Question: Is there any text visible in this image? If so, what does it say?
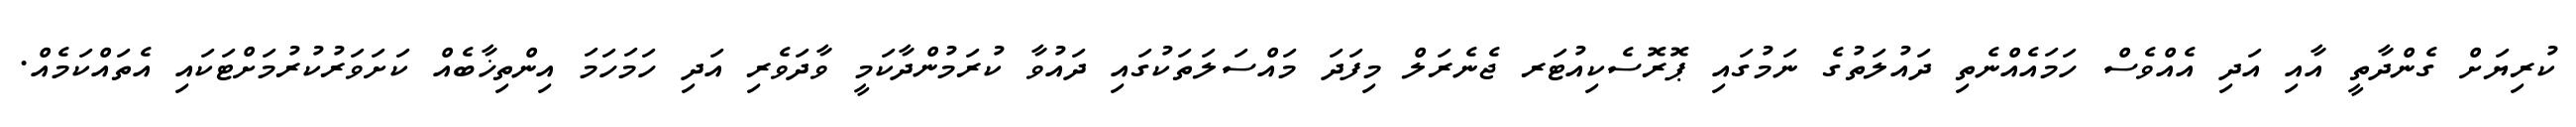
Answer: ކުރިޔަށް ގެންދާތީ އާއި އަދި އެއްވެސް ހަމައެއްނެތި ދައުލަތުގެ ނަމުގައި ޕޮރޮސެކިއުޓަރ ޖެނެރަލް މިފަދަ މައްސަލަތަކުގައި ދައުވާ ކުރަމުންދާކަމީ ވާދަވެރި އަދި ހަމަހަމަ އިންތިޚާބެއް ކަށަވަރުކުރުމަށްޓަކައި އެތައްކަމެއް.